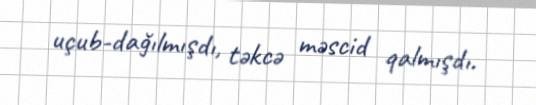
uçub-dağılmışdı, təkcə məscid qalmışdı.